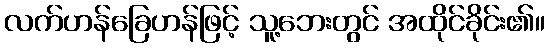
လက်ဟန်ခြေဟန်ဖြင့် သူ့ဘေးတွင် အထိုင်ခိုင်း၏။